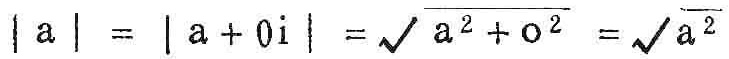
\(|a| = |a + 0i| = \sqrt{a^{2}+0^{2}}=\sqrt{a^{2}}\)